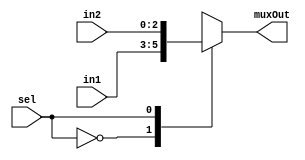
module mux2to1_2b(input [2:0] in1,input [2:0] in2, input sel,output reg [2:0] muxOut);
  always@(in1,in2,sel)
  case(sel)
    1'b0: muxOut=in1;
    1'b1: muxOut=in2;
  endcase
endmodule